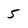
Character: 5